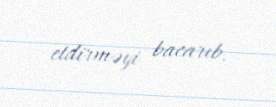
etdirməyi bacarıb.